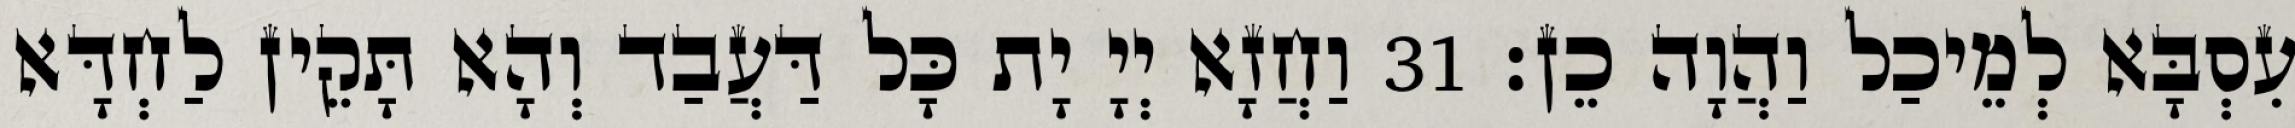
עִסְבָּא לְמֵיכַל וַהֲוָה כֵן׃ 31 וַחֲזָא יְיָ יָת כָּל דַּעֲבַד וְהָא תָּקֵין לַחְדָּא